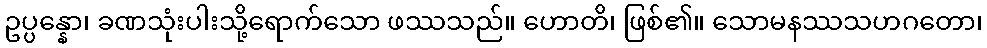
ဥပ္ပန္နော၊ ခဏသုံးပါးသို့ရောက်သော ဖဿသည်။ ဟောတိ၊ ဖြစ်၏။ သောမနဿသဟဂတော၊